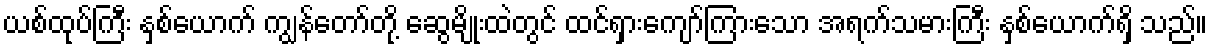
ယစ်ထုပ်ကြီး နှစ်ယောက် ကျွန်တော်တို့ ဆွေမျိုးထဲတွင် ထင်ရှားကျော်ကြားသော အရက်သမားကြီး နှစ်ယောက်ရှိ သည်။